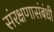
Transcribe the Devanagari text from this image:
संरक्षणासंबंधी